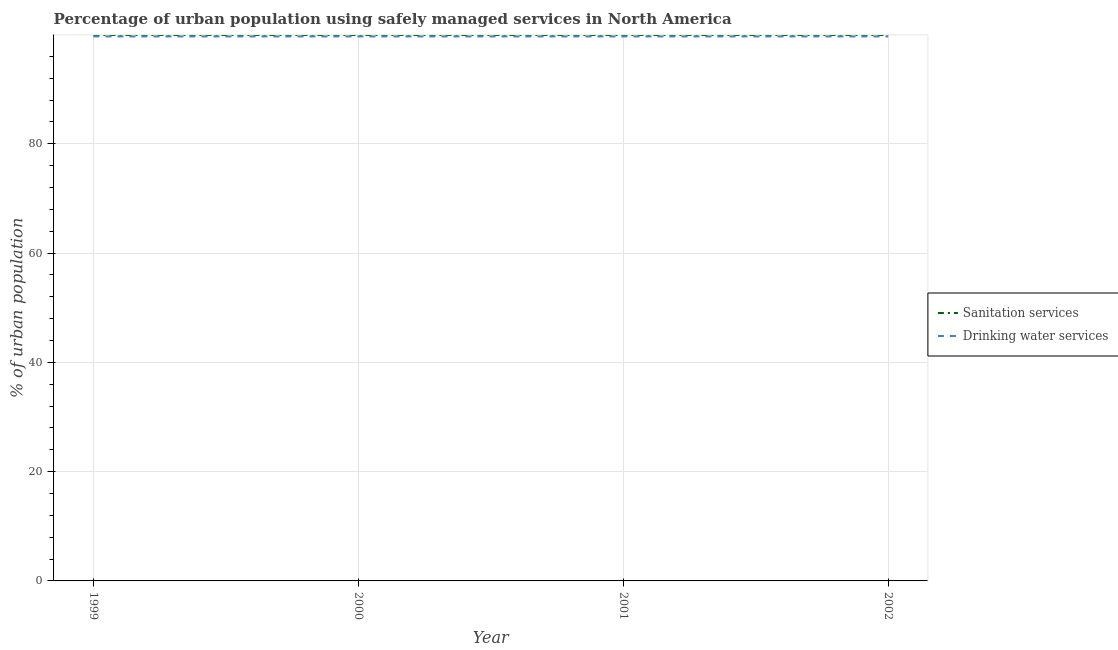
| Year | Sanitation services | Drinking water services |
 | --- | --- | --- |
 | 1999 | 99.9 | 99.6 |
 | 2000 | 99.9 | 99.6 |
 | 2001 | 99.9 | 99.6 |
 | 2002 | 99.9 | 99.6 |